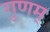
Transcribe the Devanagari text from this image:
गुणम्